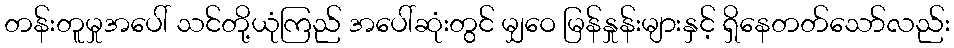
တန်းတူမှုအပေါ် သင်တို့ယုံကြည် အပေါ်ဆုံးတွင် မျှဝေ မြန်နှုန်းများနှင့် ရှိနေတတ်သော်လည်း